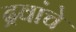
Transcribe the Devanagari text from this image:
द्रवांचे